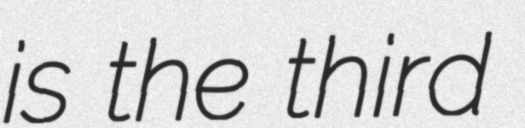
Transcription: is the third